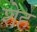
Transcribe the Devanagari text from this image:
शेह